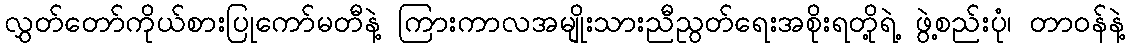
လွှတ်တော်ကိုယ်စားပြုကော်မတီနဲ့ ကြားကာလအမျိုးသားညီညွတ်ရေးအစိုးရတို့ရဲ့ ဖွဲ့စည်းပုံ၊ တာဝန်နဲ့